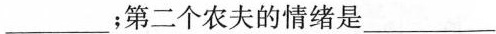
___；第二个农夫的情绪是___